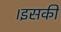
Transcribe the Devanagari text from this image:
।इसकी